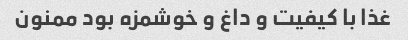
غذا با کیفیت و داغ و خوشمزه بود ممنون